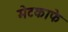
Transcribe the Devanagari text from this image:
मेटकाफे